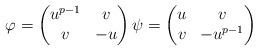
LaTeX: \begin{align*}\varphi = \begin{pmatrix} u^{p-1} & v \\ v & -u \end{pmatrix} \psi = \begin{pmatrix} u & v \\ v & -u^{p-1} \end{pmatrix}\end{align*}